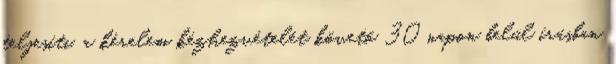
teljesíti, a kérelem kézhezvételét követő 30 napon belül írásban